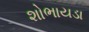
શોભાયડા